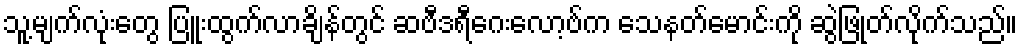
သူ့မျက်လုံးတွေ ပြူးထွက်လာချိန်တွင် ဆဗီဒရီဂေးလော့ဗ်က သေနတ်မောင်းကို ဆွဲဖြုတ်လိုက်သည်။